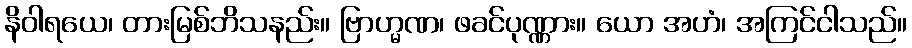
နိဝါရယေ၊ တားမြစ်ဘိသနည်း။ ဗြာဟ္မဏ၊ ဖခင်ပုဏ္ဏား။ ယော အဟံ၊ အကြင်ငါသည်။